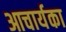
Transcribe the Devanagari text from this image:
आचार्यका